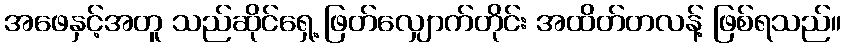
အဖေနှင့်အတူ သည်ဆိုင်ရှေ့ ဖြတ်လျှောက်တိုင်း အထိတ်တလန့် ဖြစ်ရသည်။